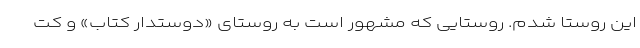
این روستا شدم. روستایی که مشهور است به روستای «دوستدار کتاب» و کت